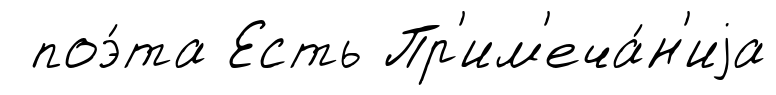
поэ́та Есть Пр'им'еча́н'иjа